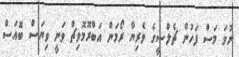
ނުވަ މަސް ފަހުން ޗެލްސީގެ ވެރިޔާ ރޯމަން އަބްރޮމޮވިޗް ވަނީ ވިޔަސް ބޮއަސް